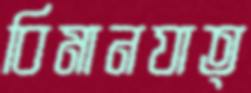
বিমানযাত্